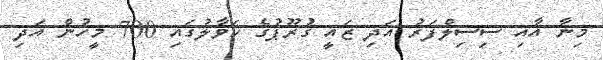
މިނާ އާއި ސިސިލްފަރު އަދި ޒައީ ގުރޫޕުގެ ހަވާލުގައި 700 މީހުން އަދި